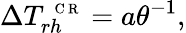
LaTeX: \Delta T_{rh}^{\mathrm{~\scriptsize~C~R~}}=a\theta^{-1},